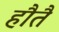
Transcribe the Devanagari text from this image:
हौतै